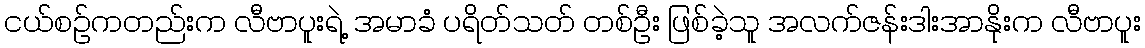
ငယ်စဉ်ကတည်းက လီဗာပူးရဲ့ အမာခံ ပရိတ်သတ် တစ်ဦး ဖြစ်ခဲ့သူ အလက်ဇန်းဒါးအာနိုးက လီဗာပူး